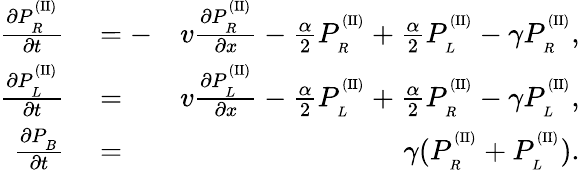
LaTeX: \begin{array}{rlr}{\frac{\partial P_{_R}^{^{(\mathrm{II})}}}{\partial t}}&{{}=-}&{v\frac{\partial P_{_R}^{^{(\mathrm{II})}}}{\partial x}-\frac{\alpha}{2}P_{_R}^{^{(\mathrm{II})}}+\frac{\alpha}{2}P_{_L}^{^{(\mathrm{II})}}-\gamma P_{_R}^{^{(\mathrm{II})}},}\\ {\frac{\partial P_{_L}^{^{(\mathrm{II})}}}{\partial t}}&{{}=}&{v\frac{\partial P_{_L}^{^{(\mathrm{II})}}}{\partial x}-\frac{\alpha}{2}P_{_L}^{^{(\mathrm{II})}}+\frac{\alpha}{2}P_{_R}^{^{(\mathrm{II})}}-\gamma P_{_L}^{^{(\mathrm{II})}},}\\ {\frac{\partial P_{_B}}{\partial t}}&{{}=}&{\gamma(P_{_R}^{^{(\mathrm{II})}}+P_{_L}^{^{(\mathrm{II})}}).}\end{array}